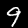
Label: 9